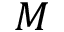
M